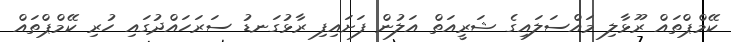
ކޭމްޕްތައް ރޫޅާލި މައްސަލައިގެ ޝަރީއަތް އަލުން ފަށައިފި ރާޅުގަނޑު ސަރަހައްދުގައި ހުރި ކޭމްޕްތައް